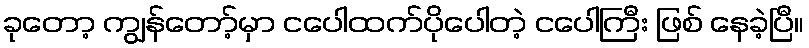
ခုတော့ ကျွန်တော့်မှာ ငပေါထက်ပိုပေါတဲ့ ငပေါကြီး ဖြစ် နေခဲ့ပြီ။